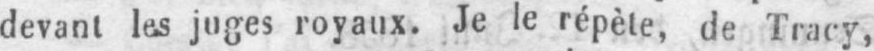
devant lus juges royaux. Je le répète, de Tracy,